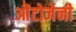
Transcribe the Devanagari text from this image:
ओंटोजेनी